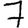
Digit: 7